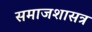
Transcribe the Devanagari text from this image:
समाजशासत्र